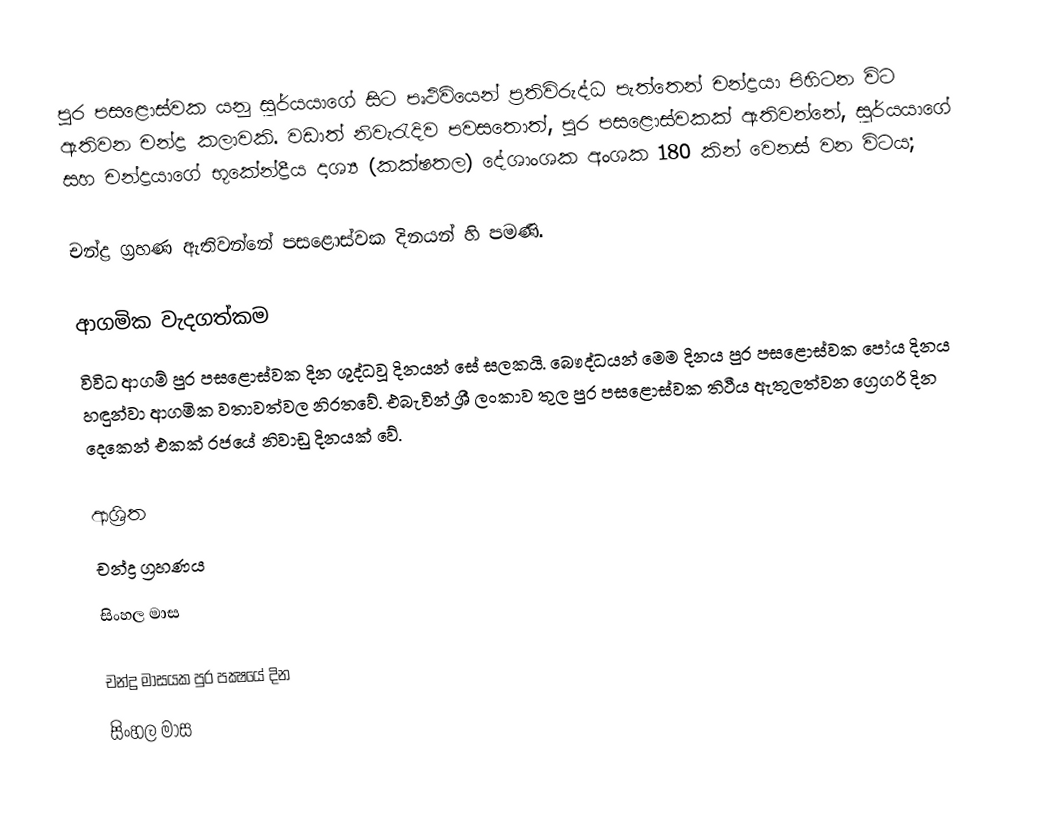
පුර පසළොස්වක යනු සූර්යයාගේ  සිට පෘථිවියෙන් ප්‍රතිවිරුද්ධ පැත්තෙන් චන්ද්‍රයා  පිහිටන විට ඇතිවන චන්ද්‍ර කලාවකි. වඩාත් නිවැරැදිව පවසතොත්, පුර පසළොස්වකක් ඇතිවන්නේ, සූර්යයාගේ  සහ චන්ද්‍රයාගේ  භූකේන්ද්‍රීය දෘශ්‍ය (කක්ෂතල) දේශාංශක අංශක 180 කින් වෙනස් වන විටය;

චන්ද්‍ර ග්‍රහණ ඇතිවන්නේ පසළොස්වක දිනයන් හි පමණි.

ආගමික වැදගත්කම
විවිධ ආගම් පුර පසළොස්වක දින ශුද්ධවූ දිනයන් සේ සලකයි. බෞද්ධයන් මෙම දිනය පුර පසළොස්වක පෝය දිනය හඳුන්වා ආගමික වතාවත්වල නිරතවේ. එබැවින් ශ්‍රී ලංකාව තුල  පුර පසළොස්වක තිථීය ඇතුලත්වන ග්‍රෙගරි දින දෙකෙන් එකක් රජයේ නිවාඩු දිනයක් වේ.

ආශ්‍රිත
 චන්ද්‍ර ග්‍රහණය
 සිංහල මාස

චන්ද්‍ර මාසයක පුර පක්‍ෂයේ දින
සිංහල මාස